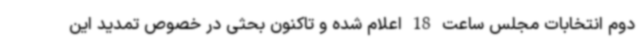
دوم انتخابات مجلس ساعت 18 اعلام شده و تاکنون بحثی در خصوص تمدید این